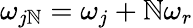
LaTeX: \omega_{j\mathbb{N}}=\omega_{j}+\mathbb{N}\omega_{r}